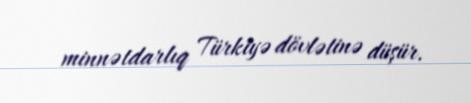
minnətdarlıq Türkiyə dövlətinə düşür.